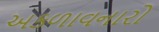
અકળાવનારો